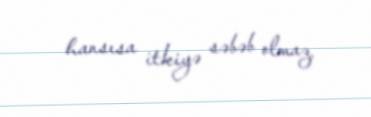
hansısa itkiyə səbəb olmaz.